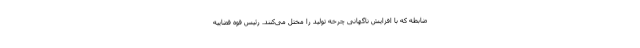
ضابطه که با افزایش ناگهانی چرخه تولید را مختل می‌کنند. رئیس قوه قضاییه